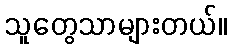
သူတွေသာများတယ်။